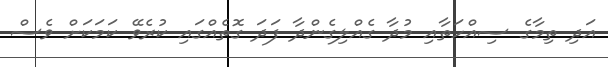
އަދި ތިމާގެ ސިއްހަތާއި މުދާ ގެއްލިގެންދާ ފަދަ ގޮތެއްގައި ކުރެވޭ ކަމަކަށް ވެސް